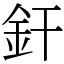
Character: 釬